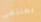
بمنتهى